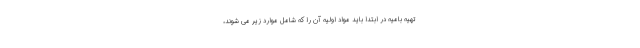
تهیه بامیه در ابتدا باید مواد اولیه آن را که شامل موارد زیر می شوند،